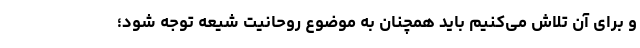
و برای آن تلاش می‌کنیم باید همچنان به موضوع روحانیت شیعه توجه شود؛